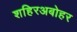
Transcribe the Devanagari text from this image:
शहिरअबोहर